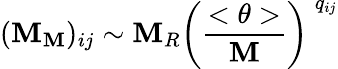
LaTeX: ({\cal\mathbf{M}}_{\mathbf{M}})_{ij}\sim\mathbf{M}_{R}\left(\frac{{<\theta>}}{{\mathbf{M}}}\right)^{\: q_{ij}}